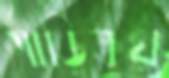
গাড়িক্রয়